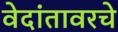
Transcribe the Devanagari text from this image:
वेदांतावरचे